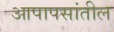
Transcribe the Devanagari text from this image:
आपापसांतील